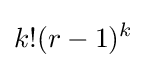
k!(r-1)^{k}